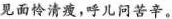
见面怜清瘦，呼儿问苦辛。